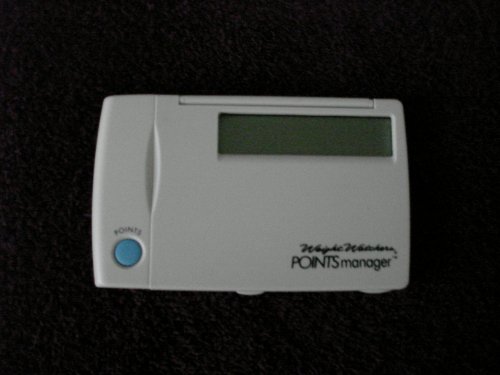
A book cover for WEIGHT WATCHERS FOOD POINTS MANAGER CALCULATOR MODEL #1818; Health, Fitness & Dieting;